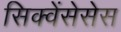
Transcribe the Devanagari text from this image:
सिक्वेंसेसेस